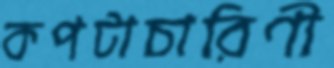
কপটাচারিণী